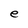
Character: e